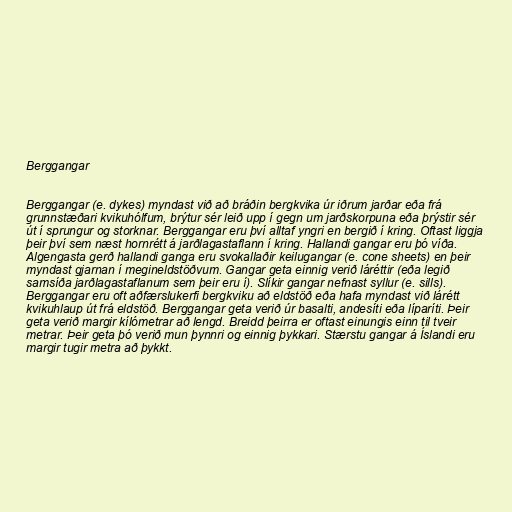
Berggangar

Berggangar (e. dykes) myndast við að bráðin bergkvika úr iðrum jarðar eða frá
grunnstæðari kvikuhólfum, brýtur sér leið upp í gegn um jarðskorpuna eða þrýstir sér
út í sprungur og storknar. Berggangar eru því alltaf yngri en bergið í kring. Oftast liggja
þeir því sem næst hornrétt á jarðlagastaflann í kring. Hallandi gangar eru þó víða.
Algengasta gerð hallandi ganga eru svokallaðir keilugangar (e. cone sheets) en þeir
myndast gjarnan í megineldstöðvum. Gangar geta einnig verið láréttir (eða legið
samsíða jarðlagastaflanum sem þeir eru í). Slíkir gangar nefnast syllur (e. sills).
Berggangar eru oft aðfærslukerfi bergkviku að eldstöð eða hafa myndast við lárétt
kvikuhlaup út frá eldstöð. Berggangar geta verið úr basalti, andesíti eða líparíti. Þeir
geta verið margir kílómetrar að lengd. Breidd þeirra er oftast einungis einn til tveir
metrar. Þeir geta þó verið mun þynnri og einnig þykkari. Stærstu gangar á Íslandi eru
margir tugir metra að þykkt.